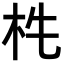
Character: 𣏱